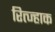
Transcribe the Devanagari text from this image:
रित्ज्हाक